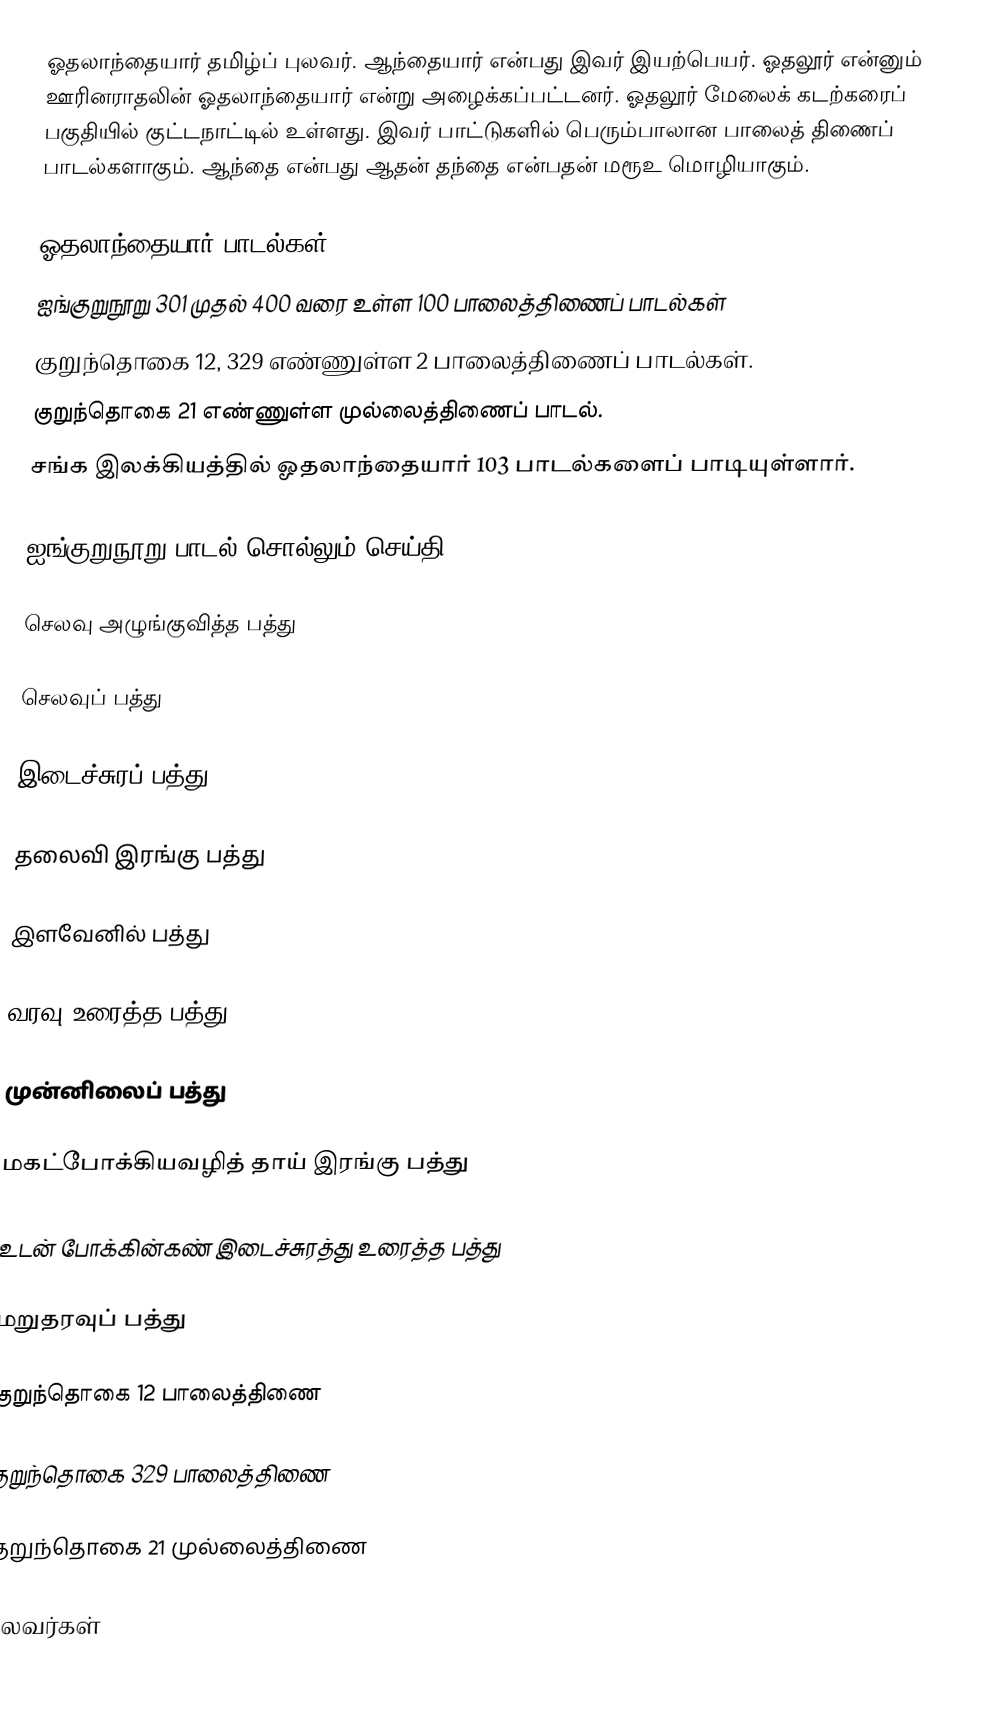
ஓதலாந்தையார் தமிழ்ப் புலவர். ஆந்தையார் என்பது இவர் இயற்பெயர். ஓதலூர் என்னும் ஊரினராதலின் ஓதலாந்தையார் என்று அழைக்கப்பட்டனர். ஓதலூர் மேலைக் கடற்கரைப் பகுதியில் குட்டநாட்டில் உள்ளது. இவர் பாட்டுகளில் பெரும்பாலான பாலைத் திணைப் பாடல்களாகும். ஆந்தை என்பது ஆதன் தந்தை என்பதன் மரூஉ மொழியாகும்.

ஓதலாந்தையார் பாடல்கள்
ஐங்குறுநூறு 301 முதல் 400 வரை உள்ள 100 பாலைத்திணைப் பாடல்கள்
குறுந்தொகை 12, 329 எண்ணுள்ள 2 பாலைத்திணைப் பாடல்கள்.
குறுந்தொகை 21 எண்ணுள்ள முல்லைத்திணைப் பாடல்.
சங்க இலக்கியத்தில் ஓதலாந்தையார் 103 பாடல்களைப் பாடியுள்ளார்.

ஐங்குறுநூறு பாடல் சொல்லும் செய்தி

செலவு அழுங்குவித்த பத்து

செலவுப் பத்து

இடைச்சுரப் பத்து

தலைவி இரங்கு பத்து

இளவேனில் பத்து

வரவு உரைத்த பத்து

முன்னிலைப் பத்து

மகட்போக்கியவழித் தாய் இரங்கு பத்து

உடன் போக்கின்கண் இடைச்சுரத்து உரைத்த பத்து

மறுதரவுப் பத்து

குறுந்தொகை 12 பாலைத்திணை

குறுந்தொகை 329 பாலைத்திணை

குறுந்தொகை 21 முல்லைத்திணை

புலவர்கள்